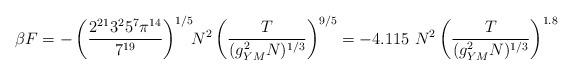
LaTeX: \begin{align*}\beta F = - \left( { 2^{21} 3^2 5^7 \pi^{14} \over7^{19}}\right)^{1/5} \!\! N^2 \left({T \over (g_{YM}^2 N)^{1/3}}\right)^{9/5} = - 4.115 ~ N^2 \left({T \over (g_{YM}^2 N)^{1/3}} \right)^{1.8}\end{align*}